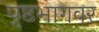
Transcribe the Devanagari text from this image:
पृष्ठभागवर